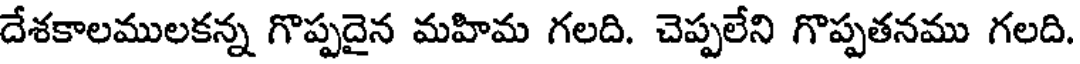
దేశకాలములకన్న గొప్పదైన మహిమ గలది. చెప్పలేని గొప్పతనము గలది.